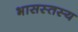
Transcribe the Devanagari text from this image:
भासस्तस्य